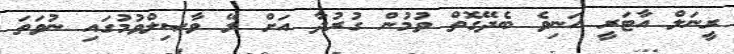
ރީނަލް އާޓަރީ ހަނިވެ ބެދޭގޮތް ވުމުން ގުރުދާ އަށް ލޭ ވާޞިލްވުމުގައި ނުވަތަ